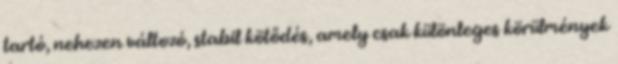
tartó, nehezen változó, stabil kötődés, amely csak különleges körülmények